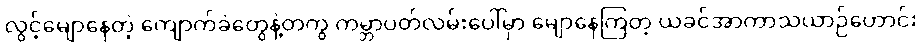
လွင့်မျောနေတဲ့ ကျောက်ခဲတွေနဲ့တကွ ကမ္ဘာပတ်လမ်းပေါ်မှာ မျောနေကြတဲ့ ယခင်အာကာသယာဉ်ဟောင်း